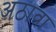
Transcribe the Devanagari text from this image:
अठावा